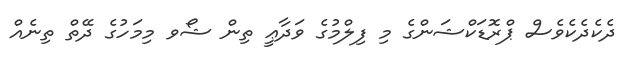
ދެކެދެކެވެސް ޕްރޮޑަކްޝަންގެ މި ފިލްމުގެ ވަދާޢީ ތިން ޝޯވ މިމަހުގެ ދޭތް ތިނެއް